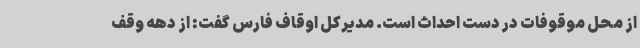
از محل موقوفات در دست احداث است. مدیرکل اوقاف فارس گفت: از دهه وقف